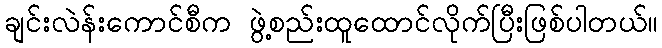
ချင်းလဲန်းကောင်စီက ဖွဲ့စည်းထူထောင်လိုက်ပြီးဖြစ်ပါတယ်။